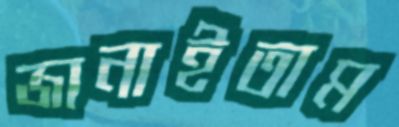
জানাইতাম